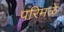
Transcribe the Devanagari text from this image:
परिमळे